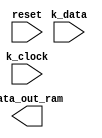
`timescale 1ns / 1ps
//////////////////////////////////////////////////////////////////////////////////
// Company: 
// Engineer: 
// 
// Design Name: 
// Module Name:    Data_receiving 
// Project Name: 
// Target Devices: 
// Tool versions: 
// Description: 
//
// Dependencies: 
//
// Revision: 
// Revision 0.01 - File Created
// Additional Comments: 
//
//////////////////////////////////////////////////////////////////////////////////
module Data_receiving(
	input wire k_clock,
	input wire k_data,
	input wire reset,
	output wire [7:0]data_out_ram
	
    );
	 
	 reg [32:0] sreg; 
	 
	 always@(negedge k_clock or  posedge reset )begin
	 if(reset)
		sreg = 33'b0;
	 else begin
			sreg = sreg << 1;
			sreg[0] = k_data; //single bit data from keyboard
		end
			//wire the corresponding bits to data_out_ram
	 
	 //when you are trying to change the reg then it has to be a reg in a always statement
	 end
	 
//	 data_out_ram[7:0] = sreg[24:31]
			
			/*assign data_out_ram[0] = sreg[31]; 
			assign data_out_ram[1] = sreg[30];
			assign data_out_ram[2] = sreg[29];
			assign data_out_ram[3] = sreg[28];
			assign data_out_ram[4] = sreg[27];
			assign data_out_ram[5] = sreg[26];
			assign data_out_ram[6] = sreg[25];
			assign data_out_ram[7] = sreg[24];		// only assigning an individual bit to a wire. 
			*/


endmodule